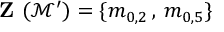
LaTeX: \textbf { Z } ( \mathcal { M } ^ { \prime } ) = \{ m _ { 0 , 2 } \, , \, m _ { 0 , 5 } \}